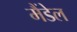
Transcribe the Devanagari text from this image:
मैंडेल